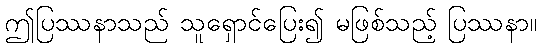
ဤပြဿနာသည် သူရှောင်ပြေး၍ မဖြစ်သည့် ပြဿနာ။